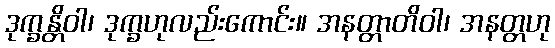
ဒုက္ခန္တိဝါ၊ ဒုက္ခဟုလည်းကောင်း။ အနတ္တာတိဝါ၊ အနတ္တဟု